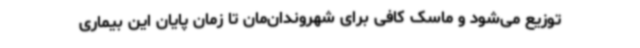
توزیع می‌شود و ماسک کافی برای شهروندان‌مان تا زمان پایان این بیماری